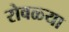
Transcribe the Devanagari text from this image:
रोवळ्या